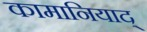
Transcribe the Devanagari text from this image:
कामानियाद्